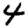
Digit: 4